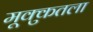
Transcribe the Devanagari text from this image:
मूक्कुतला